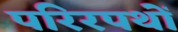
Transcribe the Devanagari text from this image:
परिरपथों